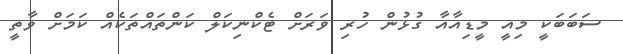
ސަބަބަކީ މިއީ މީޑިއާއާ ގުޅުން ހުރި ވަރަށް ޓެކްނިކަލް ކަންތައްތަކެއް ކަމަށް ވާތީ